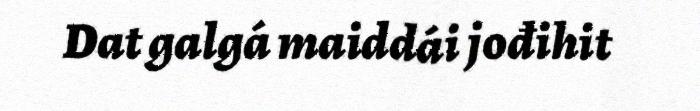
Dat galgá maiddái jođihit